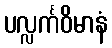
ပလ္လင်္ကဝိမာနံ